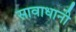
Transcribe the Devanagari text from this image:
सावाधानी